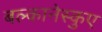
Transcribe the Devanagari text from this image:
बल्कानेस्कुए